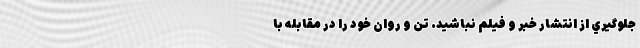
جلوگيري از انتشار خبر و فيلم نباشيد. تن و روان خود را در مقابله با